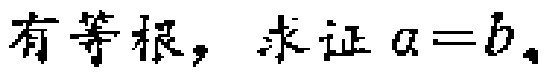
有等根，求证\(a = b\)。